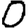
Digit: 0